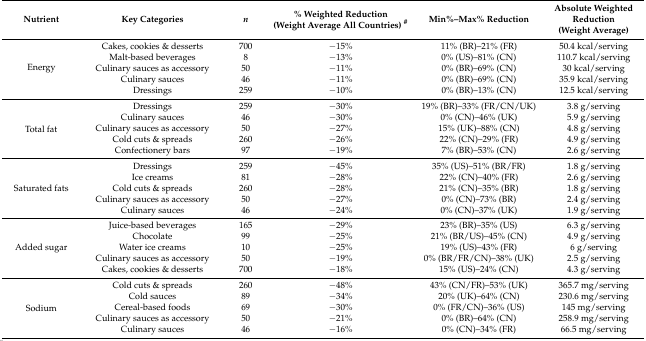
<table><thead><tr><td><b>Nutrient</b></td><td><b>Key Categories</b></td><td><b><i>n</i></b></td><td><b>% Weighted Reduction (Weight Average All Countries) <sup>#</sup></b></td><td><b>Min%–Max% Reduction</b></td><td><b>Absolute Weighted Reduction (Weight Average)</b></td></tr></thead><tbody><tr><td rowspan="5">Energy</td><td>Cakes, cookies &amp; desserts</td><td>700</td><td>−15%</td><td>11% (BR)–21% (FR)</td><td>50.4 kcal/serving</td></tr><tr><td>Malt-based beverages</td><td>8</td><td>−13%</td><td>0% (US)–81% (CN)</td><td>110.7 kcal/serving</td></tr><tr><td>Culinary sauces as accessory</td><td>50</td><td>−11%</td><td>0% (BR)–69% (CN)</td><td>30 kcal/serving</td></tr><tr><td>Culinary sauces</td><td>46</td><td>−11%</td><td>0% (BR)–69% (CN)</td><td>35.9 kcal/serving</td></tr><tr><td>Dressings</td><td>259</td><td>−10%</td><td>0% (BR)–13% (CN)</td><td>12.5 kcal/serving</td></tr><tr><td rowspan="5">Total fat</td><td>Dressings</td><td>259</td><td>−30%</td><td>19% (BR)–33% (FR/CN/UK)</td><td>3.8 g/serving</td></tr><tr><td>Culinary sauces</td><td>46</td><td>−30%</td><td>0% (CN)–46% (UK)</td><td>5.9 g/serving</td></tr><tr><td>Culinary sauces as accessory</td><td>50</td><td>−27%</td><td>15% (UK)–88% (CN)</td><td>4.8 g/serving</td></tr><tr><td>Cold cuts &amp; spreads</td><td>260</td><td>−26%</td><td>22% (CN)–29% (FR)</td><td>4.9 g/serving</td></tr><tr><td>Confectionery bars</td><td>97</td><td>−19%</td><td>7% (BR)–53% (CN)</td><td>2.6 g/serving</td></tr><tr><td rowspan="5">Saturated fats</td><td>Dressings</td><td>259</td><td>−45%</td><td>35% (US)–51% (BR/FR)</td><td>1.8 g/serving</td></tr><tr><td>Ice creams</td><td>81</td><td>−28%</td><td>22% (CN)–40% (FR)</td><td>2.6 g/serving</td></tr><tr><td>Cold cuts &amp; spreads</td><td>260</td><td>−28%</td><td>21% (CN)–35% (BR)</td><td>1.8 g/serving</td></tr><tr><td>Culinary sauces as accessory</td><td>50</td><td>−27%</td><td>0% (CN)–73% (BR)</td><td>2.4 g/serving</td></tr><tr><td>Culinary sauces</td><td>46</td><td>−24%</td><td>0% (CN)–37% (UK)</td><td>1.9 g/serving</td></tr><tr><td rowspan="5">Added sugar</td><td>Juice-based beverages</td><td>165</td><td>−29%</td><td>23% (BR)–35% (US)</td><td>6.3 g/serving</td></tr><tr><td>Chocolate</td><td>99</td><td>−25%</td><td>21% (BR/US)–45% (CN)</td><td>4.9 g/serving</td></tr><tr><td>Water ice creams</td><td>10</td><td>−25%</td><td>19% (US)–43% (FR)</td><td>6 g/serving</td></tr><tr><td>Culinary sauces as accessory</td><td>50</td><td>−19%</td><td>0% (BR/FR/CN)–38% (UK)</td><td>2.5 g/serving</td></tr><tr><td>Cakes, cookies &amp; desserts</td><td>700</td><td>−18%</td><td>15% (US)–24% (CN)</td><td>4.3 g/serving</td></tr><tr><td rowspan="5">Sodium</td><td>Cold cuts &amp; spreads</td><td>260</td><td>−48%</td><td>43% (CN/FR)–53% (UK)</td><td>365.7 mg/serving</td></tr><tr><td>Cold sauces</td><td>89</td><td>−34%</td><td>20% (UK)–64% (CN)</td><td>230.6 mg/serving</td></tr><tr><td>Cereal-based foods</td><td>69</td><td>−30%</td><td>0% (FR/CN)–36% (US)</td><td>145 mg/serving</td></tr><tr><td>Culinary sauces as accessory</td><td>50</td><td>−21%</td><td>0% (BR)–64% (CN)</td><td>258.9 mg/serving</td></tr><tr><td>Culinary sauces</td><td>46</td><td>−16%</td><td>0% (CN)–34% (FR)</td><td>66.5 mg/serving</td></tr></tbody></table>